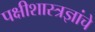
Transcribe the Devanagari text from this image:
पक्षीशास्त्रज्ञांचे